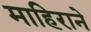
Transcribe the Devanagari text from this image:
माहिराने